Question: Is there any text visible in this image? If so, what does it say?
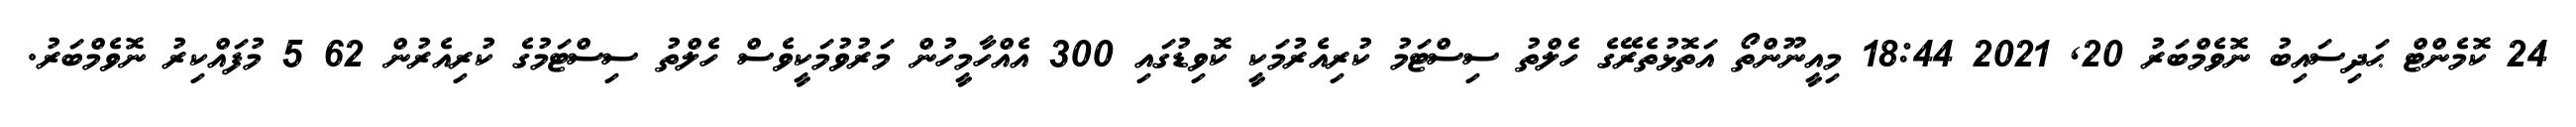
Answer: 24 ކޮމެންޓް ޙަދިސައިބު ނޮވެމްބަރު 20, 2021 18:44 މިއީނޫންތޯ އަތޮޅުތެރޭގެ ހެލްތު ސިސްޓަމު ކުރިއެރުމަކީ ކޮވިޑުގައި 300 އެއްހާމީހުން މަރުވުމަކީވެސް ހެލްތު ސިސްޓަމުގެ ކުރިއެރުން 62 5 މުފައްކިރު ނޮވެމްބަރު.